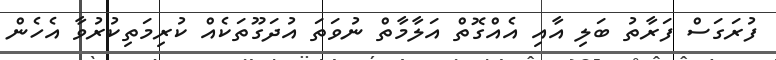
ފުރަގަސް ފަރާތު ބަލި އާއި އެއްގޮތް އަލާމާތް ނުވަތަ އުދަގޫތަކެއް ކުރިމަތިކުރުވާ އެހެން